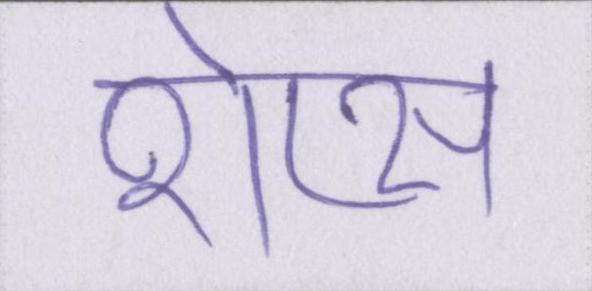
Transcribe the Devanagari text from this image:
शेप्स